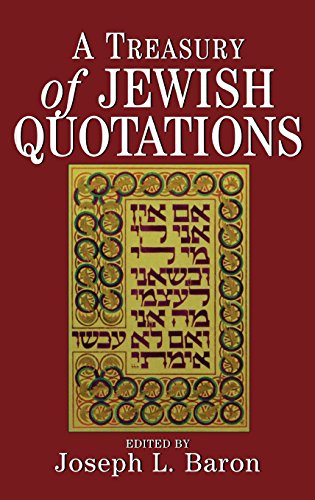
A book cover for A Treasury of Jewish Quotations; Religion & Spirituality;